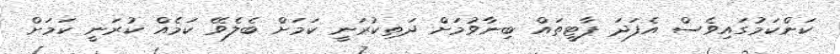
ކަންކަމުގައިވެސް އެފަދަ ޕާޓީތައް ބިނާވުމަށް ދަތިކުރަނީ ކަމަށް ބެލެވޭ ކަމެއް ކުރަނީ ކަމަށް